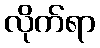
လိုက်ရာ